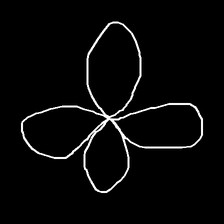
Glyph: billowing